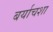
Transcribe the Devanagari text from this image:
बर्याचशा